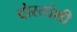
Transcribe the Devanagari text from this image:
दोस्तांशी